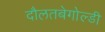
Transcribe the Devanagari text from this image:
दौलतबेगोल्डी